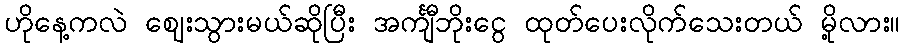
ဟိုနေ့ကလဲ ဈေးသွားမယ်ဆိုပြီး အင်္ကျီဘိုးငွေ ထုတ်ပေးလိုက်သေးတယ် မို့လား။